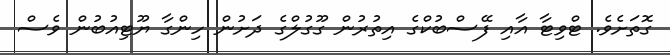
ގޮތަށެވެ. ޓްވިޓާ އާއި ފޭސްބުކްގެ އިތުރުން ގޫގުލްގެ ދަށުން ހިންގާ ޔޫޓިއުބުން ވެސް